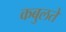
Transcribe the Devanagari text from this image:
कबुलते